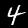
Digit: 4